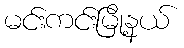
မင်းကင်းမြို့နယ်